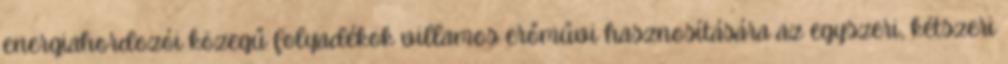
energiahordozói közegű folyadékok villamos erőművi hasznosítására az egyszeri, kétszeri